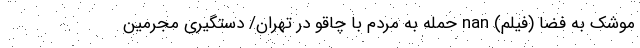
موشک به فضا (فیلم) nan حمله به مردم با چاقو در تهران/ دستگیری مجرمین